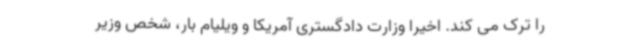
را ترک می کند. اخیرا وزارت دادگستری آمریکا و ویلیام بار،‌ شخص وزیر